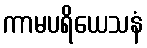
ကာမပရိယေသနံ